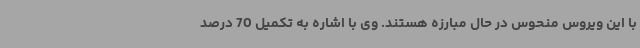
با این ویروس منحوس در حال مبارزه هستند. وی با اشاره به تکمیل 70 درصد